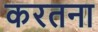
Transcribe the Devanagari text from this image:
करतना